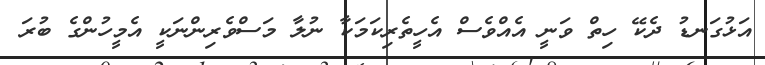
އަޅުގަނޑު ދެކޭ ހިތް ވަނީ އެއްވެސް އެހީތެރިކަމަކާ ނުލާ މަސްވެރިންނަކީ އެމީހުންގެ ބުރަ